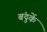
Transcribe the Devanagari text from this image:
बंदुकें